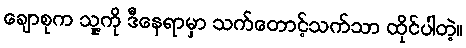
ချောစုက သူ့ကို ဒီနေရာမှာ သက်တောင့်သက်သာ ထိုင်ပါတဲ့။